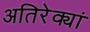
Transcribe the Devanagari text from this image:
अतिरेक्यां